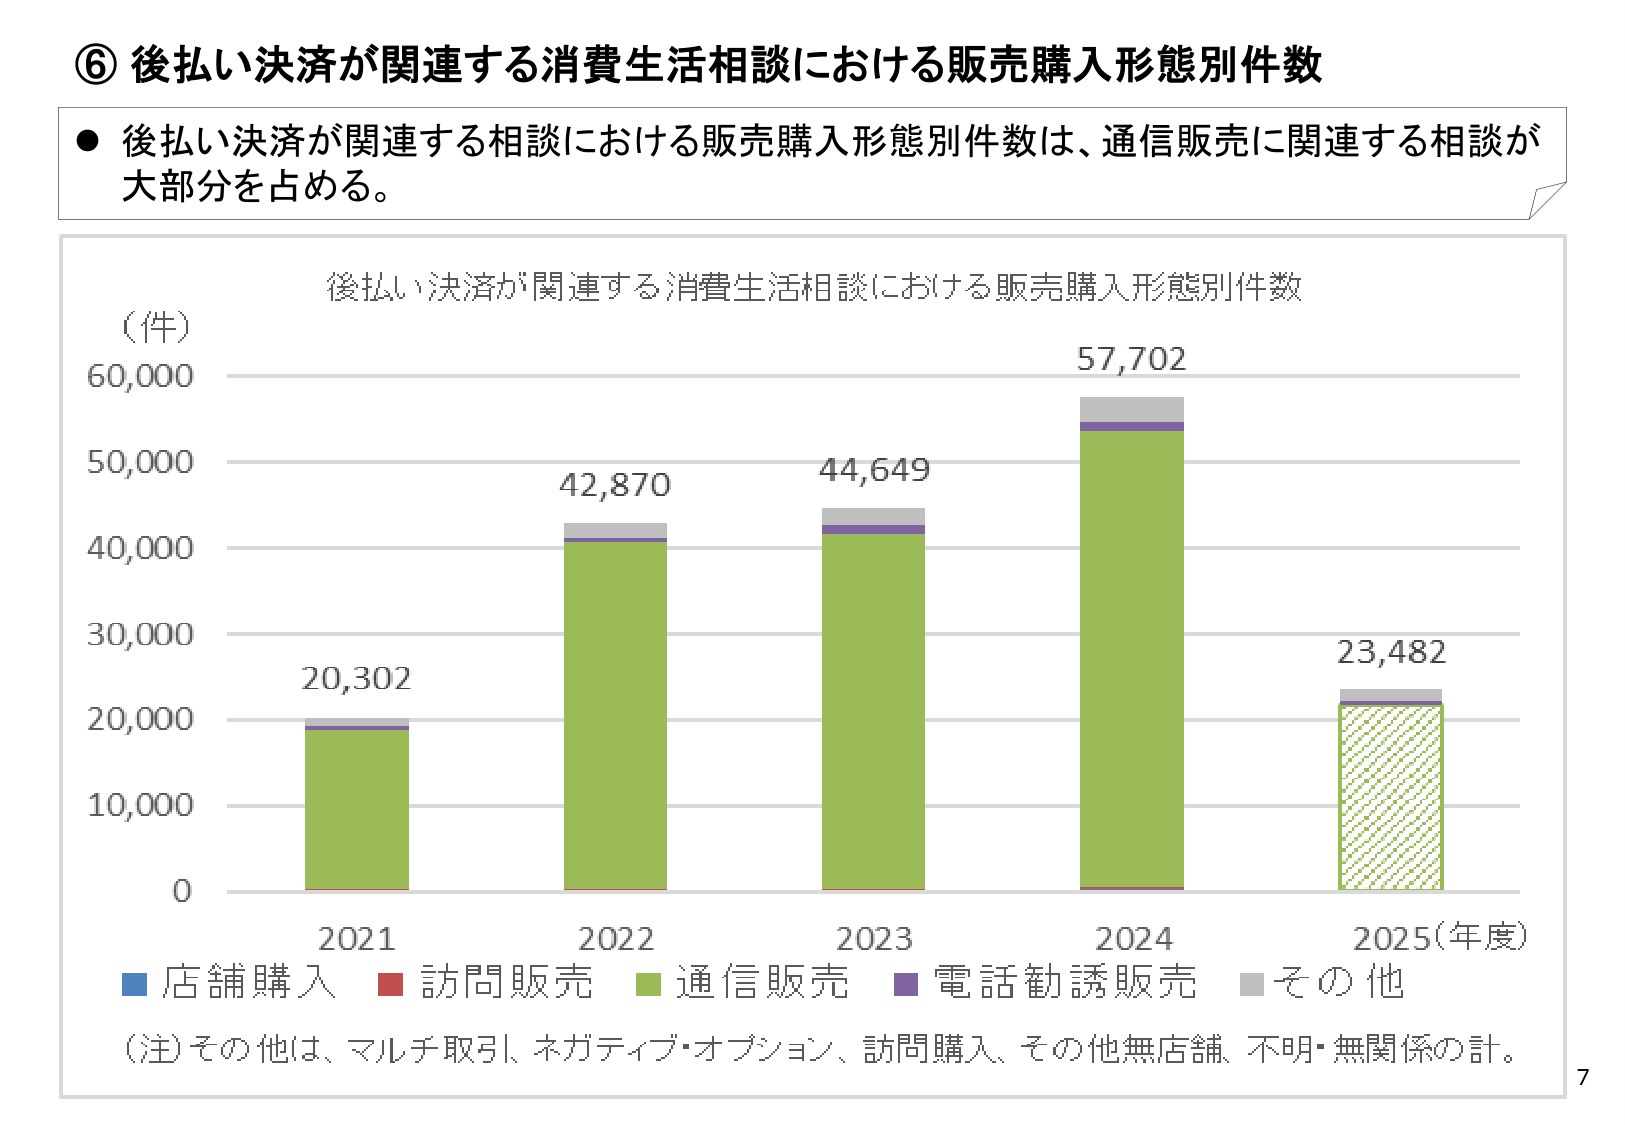
⑥ 後払い決済が関連する消費生活相談における販売購入形態別件数

● 後払い決済が関連する相談における販売購入形態別件数は、通信販売に関連する相談が大部分を占める。

後払い決済が関連する消費生活相談における販売購入形態別件数

（件）
60,000
50,000
40,000
30,000
20,000
10,000
0

20,302
42,870
44,649
57,702
23,482

2021
2022
2023
2024
2025（年度）

■ 店舗購入 ■ 訪問販売 ■ 通信販売 ■ 電話勧誘販売 ■ その他

（注）その他は、マルチ取引、ネガティブ・オプション、訪問購入、その他無店舗、不明・無関係の計。

7